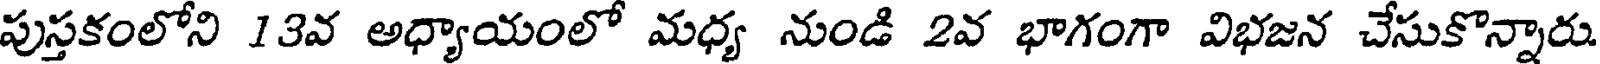
పుస్తకంలోని 13వ అధ్యాయంలో మధ్య నుండి 2వ భాగంగా విభజన చేసుకొన్నారు